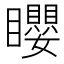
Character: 𥌽